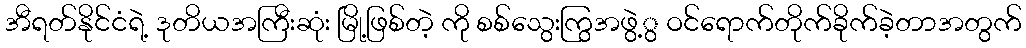
အီရတ်နိုင်ငံရဲ့ ဒုတိယအကြီးဆုံး မြို့ဖြစ်တဲ့ ကို စစ်သွေးကြွအဖွဲ့ွ ဝင်ရောက်တိုက်ခိုက်ခဲ့တာအတွက်